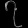
Digit: ၇